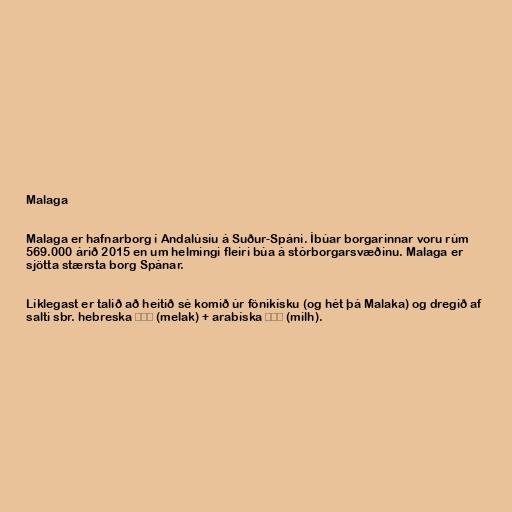
Malaga

Malaga er hafnarborg í Andalúsíu á Suður-Spáni. Íbúar borgarinnar voru rúm
569.000 árið 2015 en um helmingi fleiri búa á stórborgarsvæðinu. Malaga er
sjötta stærsta borg Spánar.

Líklegast er talið að heitið sé komið úr fönikísku (og hét þá Malaka) og dregið af
salti sbr. hebreska מלח (melak) + arabíska ملح (milh).